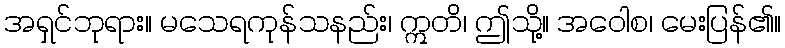
အရှင်ဘုရား။ မသေရကုန်သနည်း၊ ဣတိ၊ ဤသို့။ အဝေါစ၊ မေးပြန်၏။